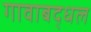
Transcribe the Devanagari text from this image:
गावाबद्धल